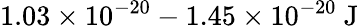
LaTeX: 1.03\times 10^{-20}-1.45\times 10^{-20}\mathrm{~J}